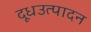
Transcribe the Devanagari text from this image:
दूधउत्पादन